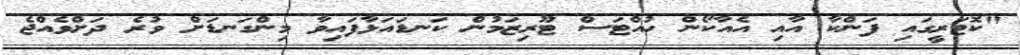
"ކޮޓަރީގައި ފަންކާ އާއި އެއާކޯން ހުއްޓަސް ޓޫރިޒަމުން ކަނޑައަޅާފައިވާ މިންގަނޑަށް ވުރެ ދަށްވެއްޖެ